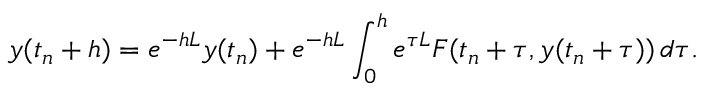
y ( t _ { n } + h ) = e ^ { - h L } y ( t _ { n } ) + e ^ { - h L } \int _ { 0 } ^ { h } e ^ { \tau L } F ( t _ { n } + \tau , y ( t _ { n } + \tau ) ) \, d \tau .